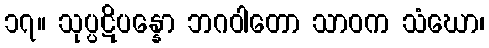
၁၇။ သုပ္ပဋိပန္နော ဘဂဝါတော သာဝက သံဃော၊